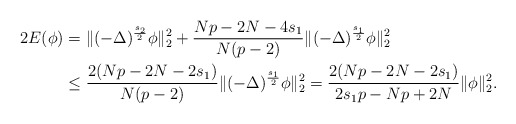
\begin{align*}2E(\phi)&=\|(-\Delta)^{\frac{s_2}{2}}\phi\|_2^2+\frac{Np-2N-4s_1}{N(p-2)}\|(-\Delta)^{\frac{s_1}{2}}\phi\|_2^2\\&\leq \frac{2(Np-2N-2s_1)}{N(p-2)}\|(-\Delta)^{\frac{s_1}{2}}\phi\|_2^2=\frac{2(Np-2N-2s_1)}{2s_1p-Np+2N}\|\phi\|_2^2.\end{align*}